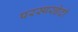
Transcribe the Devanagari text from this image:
परस्परछेदी